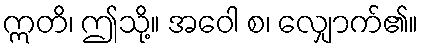
ဣတိ၊ ဤသို့။ အဝေါ စ၊ လျှောက်၏။